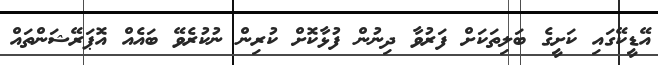
އޭޑީކޭގައި ކަށީގެ ބަލިތަކަށް ފަރުވާ ދިނުން ފުޅާކޮށް ކުރިން ނުކުރެވޭ ބައެއް އޮޕަރޭޝަންތައް